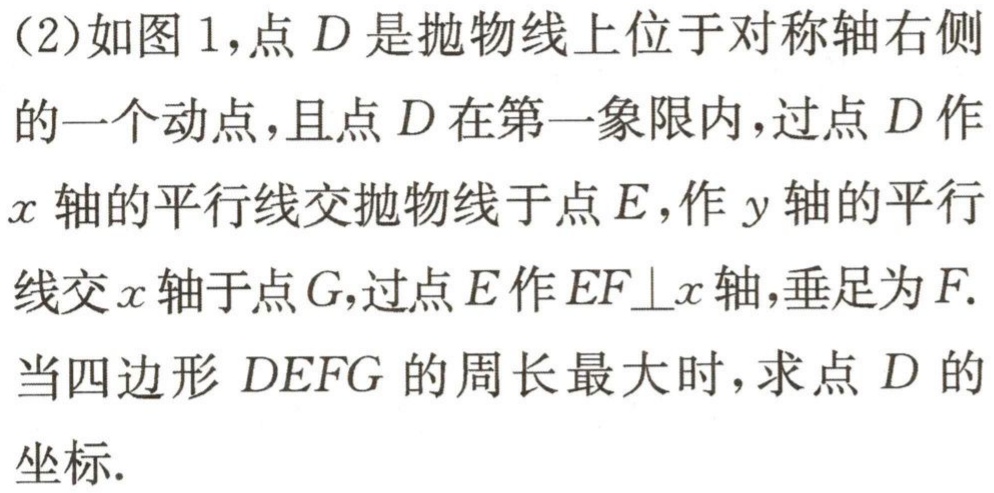
(2)如图1，点\(D\)是抛物线上位于对称轴右侧的一个动点，且点\(D\)在第一象限内，过点\(D\)作\(x\)轴的平行线交抛物线于点\(E\)，作\(y\)轴的平行线交\(x\)轴于点\(G\)，过点\(E\)作\(EF\bot x\)轴，垂足为\(F\).当四边形\(DEFG\)的周长最大时，求点\(D\)的坐标.